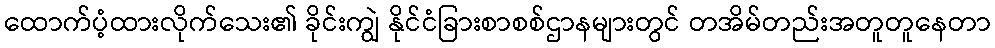
ထောက်ပံ့ထားလိုက်သေး၏ ခိုင်းကျွဲ နိုင်ငံခြားစာစစ်ဌာနများတွင် တအိမ်တည်းအတူတူနေတာ